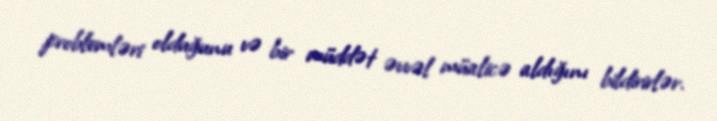
problemləri olduğunu və bir müddət əvvəl müalicə aldığını bildirirlər.